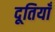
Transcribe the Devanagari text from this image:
दूतियाँ